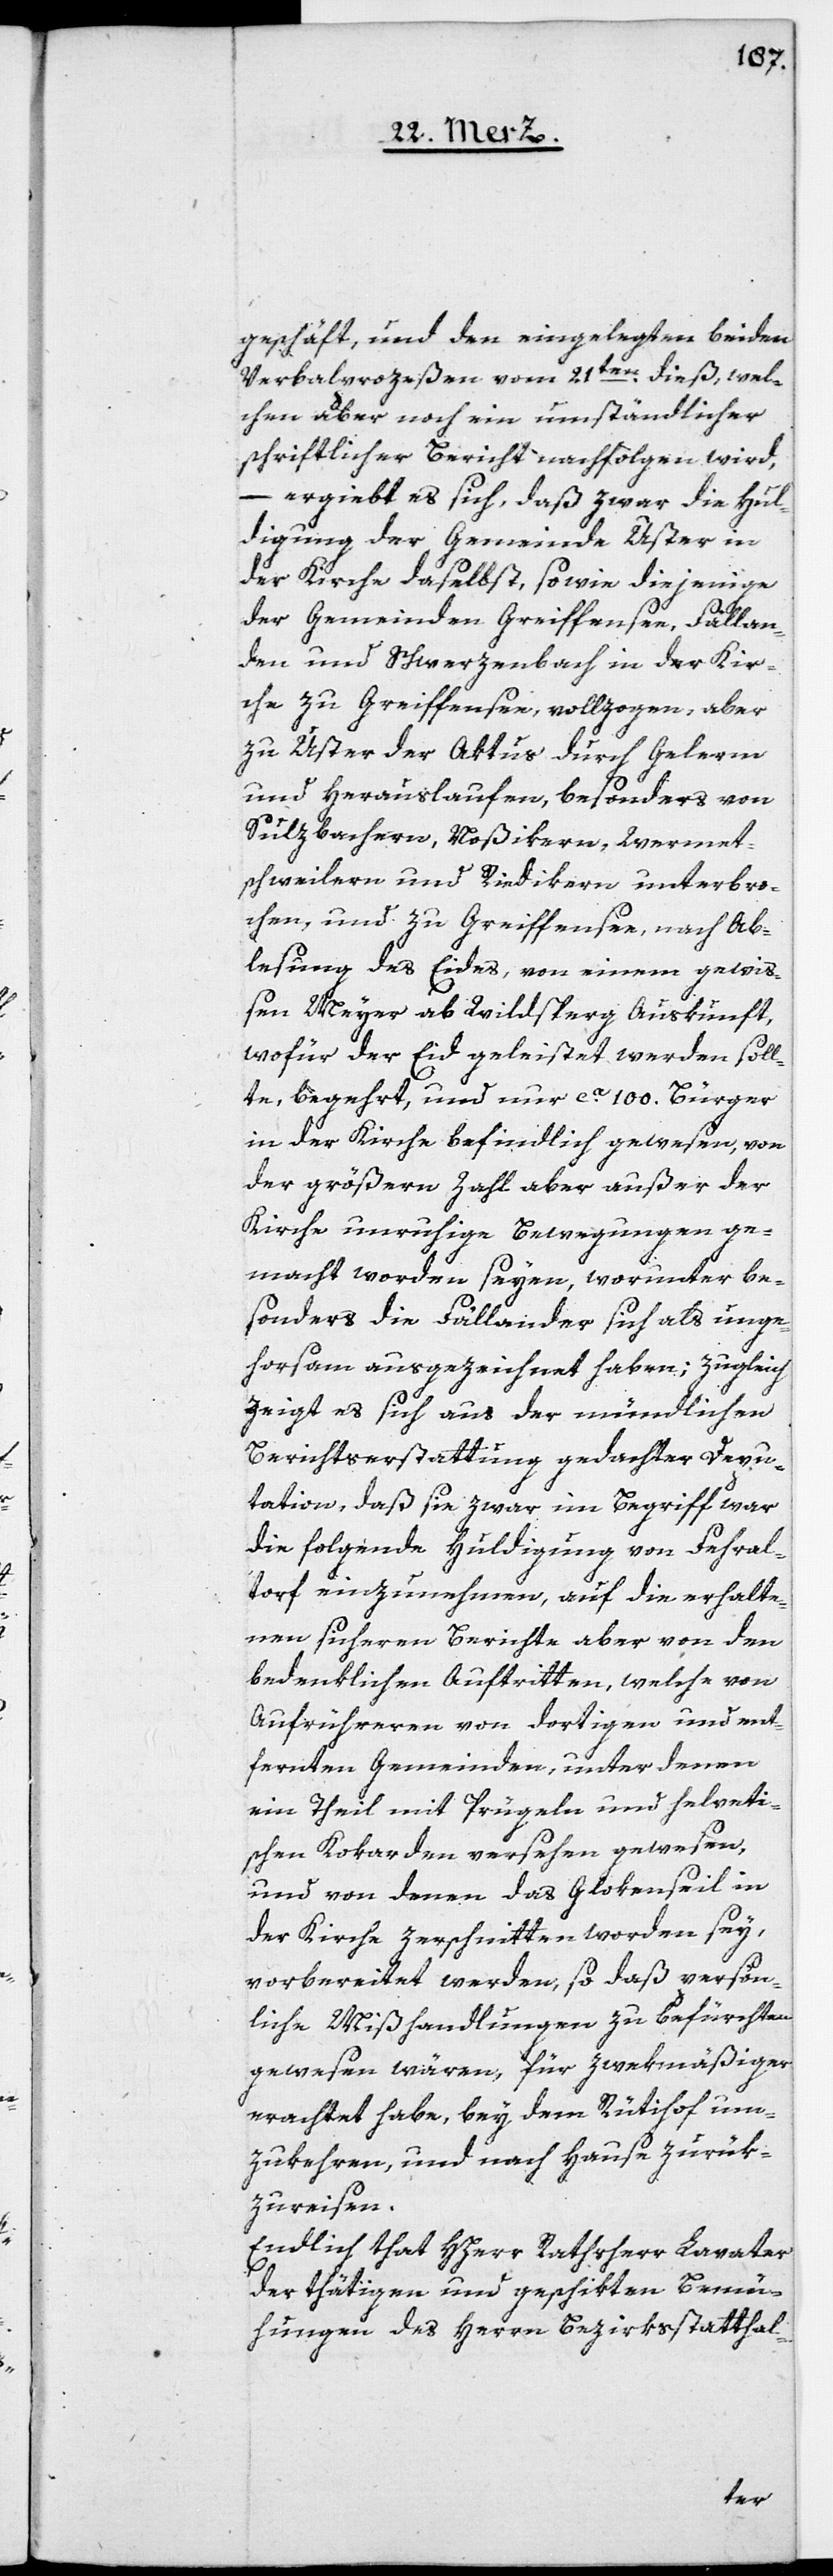
geschäft, und den eingelegten beiden
Verbalprozeßen vom 21ten dieß, wel¬
chen aber noch ein umständlicher
schriftlicher Bericht nachfolgen wird,
–
ergiebt es sich, daß zwar die Hul¬
digung der Gemeinde Uster in
der Kirche daselbst, sowie diejenige
der Gemeinden Greiffensee, Fällan¬
den und Schwerzenbach in der Kir¬
che zu Greiffensee, vollzogen, aber
zu Uster der Aktus durch Gelerm
und Herauslaufen, besonders von
Sulzbachern, Noßikern, Wermet¬
schweilern und Riedikern unterbro¬
chen, und zu Greiffensee, nach Ab¬
lesung des Eides, von einem gewiß¬
en Meyer ab Wildsperg Auskunft,
wofür der Eid geleistet werden soll¬
te, begehrt, und nur ca. 100. Bürger
in der Kirche befindlich gewesen, von
der größeren Zahl aber außer der
Kirche unruhige Bewegungen ge¬
macht worden seyen, worunter be¬
sonders die Fällander sich als unge¬
horsam ausgezeichnet haben; zugleich
zeigt es sich aus der mündlichen
Berichterstattung gedachter Depu¬
tation, daß sie zwar im Begriff war,
die folgende Huldigung von Fehral¬
torf einzunehmen, auf die erhalte¬
nen sicheren Berichte aber von den
bedenklichen Auftritten, welche von
Aufrühreren von dortigen und ent¬
fernten Gemeinden, unter denen
ein Theil mit Prügeln und helveti¬
schen Kokarden versehen gewesen,
und von denen das Glokenseil in
der Kirche zerschnitten worden sey,
vorbereitet werden, so daß persön¬
liche Mißhandlungen zu befürchten
gewesen wären, für zweckmäßiger
erachtet habe, bey dem Rütihof um¬
zukehren, und nach Hause zurük¬
zureisen.
Endlich that HHerr Rathsherr Lavater
der thätigen und geschikten Bemü¬
hungen des Herrn Bezirksstatthal-